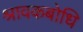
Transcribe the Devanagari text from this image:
श्रावकबोधि